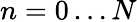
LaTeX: n=0\ldots N